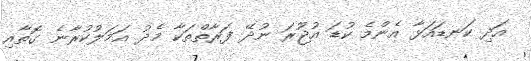
އަދި ކަނޑައަޅާ އެންމެ ކުޑަ އުޖޫރަ ނުދޭ ފަރާތްތަކާ މެދު އަމަލުކުރާނެ ގޮތާއި